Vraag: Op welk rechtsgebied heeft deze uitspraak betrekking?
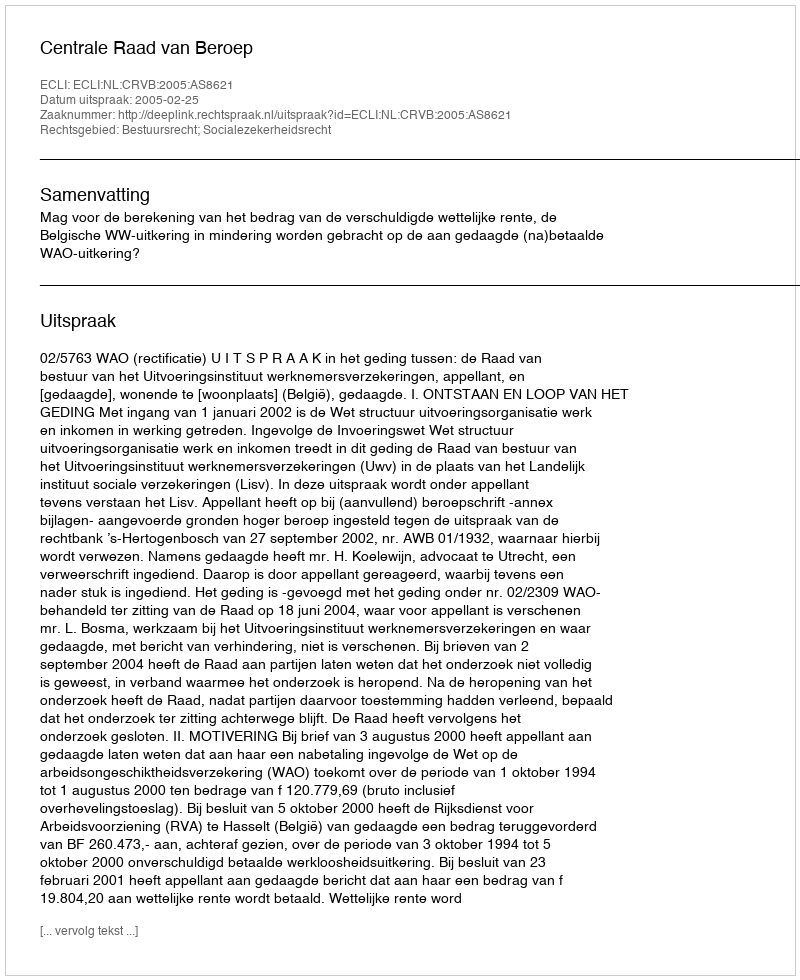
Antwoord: Bestuursrecht; Socialezekerheidsrecht